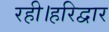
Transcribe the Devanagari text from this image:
रही।हरिद्वार